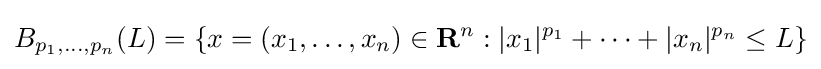
B_{p_{1},\ldots ,p_{n}}(L)=\left\{x=(x_{1},\ldots ,x_{n})\in \mathbf {R} ^{n}:\vert x_{1}\vert ^{p_{1}}+\cdots +\vert x_{n}\vert ^{p_{n}}\leq L\right\}